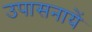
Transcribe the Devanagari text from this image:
उपासनायें